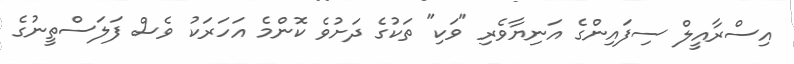
އިސްރާއީލް ސިފައިންގެ އަނިޔާވެރި "ވަކި" ތަކުގެ ދަށުވެ ކޮންމެ އަހަރަކު ވެސް ފަލަސްތީނުގެ